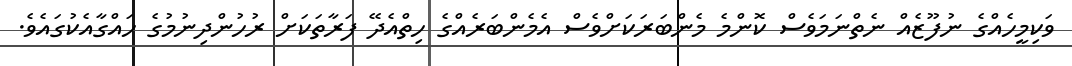
ވަކިމީހެއްގެ ނުފޫޒެއް ނެތްނަމަވެސް ކޮންމެ މެންބަރަކަށްވެސް އެމެންބަރެއްގެ ހިތްއެދޭ ފަރާތަކަށް ރުހުންދިނުމުގެ ހައްގާއެކުގައެވެ.